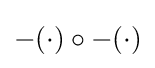
-(\cdot )\circ -(\cdot )